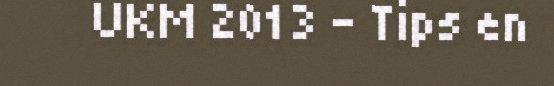
UKM 2013 - Tips en